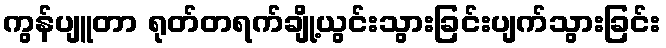
ကွန်ပျူတာ ရုတ်တရက်ချို့ယွင်းသွားခြင်းပျက်သွားခြင်း